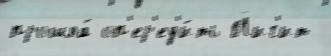
прошла́ оп'ер'ед'и́ть Йиг'ит